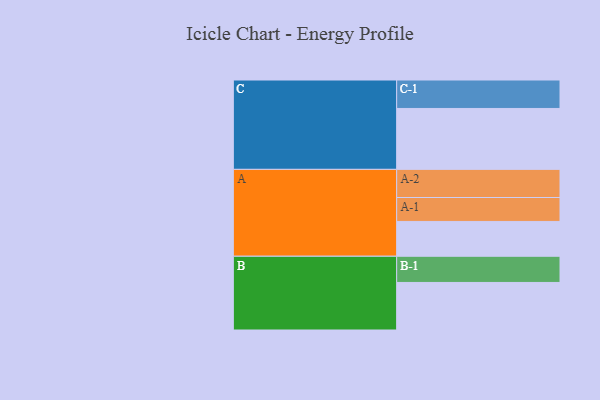
{"axis": {"x": "Segment", "y": "Value"}, "legend": ["", "A", "B", "C"], "data": [{"x": "A", "y": 323, "type": ""}, {"x": "B", "y": 441, "type": ""}, {"x": "C", "y": 565, "type": ""}, {"x": "A-1", "y": 222, "type": "A"}, {"x": "A-2", "y": 261, "type": "A"}, {"x": "B-1", "y": 243, "type": "B"}, {"x": "C-1", "y": 264, "type": "C"}]}